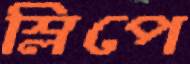
স্লিপে